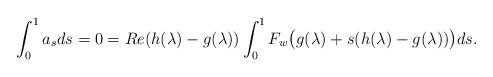
\begin{align*}\int_0^1 a_s ds=0=Re(h(\lambda)-g(\lambda))\int_0^1 F_w\big(g(\lambda)+s(h(\lambda)-g(\lambda))\big)ds.\end{align*}